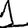
Digit: 1